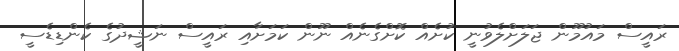
ރައީސް މައުމޫން ޖަލަށްލެވުނީ ކުށެއް ކޮށްގެނެއް ނޫން ކަމަށާއި ރައީސް ނަޝީދުގެ ކެންޑިޑެސީ